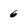
Character: 6